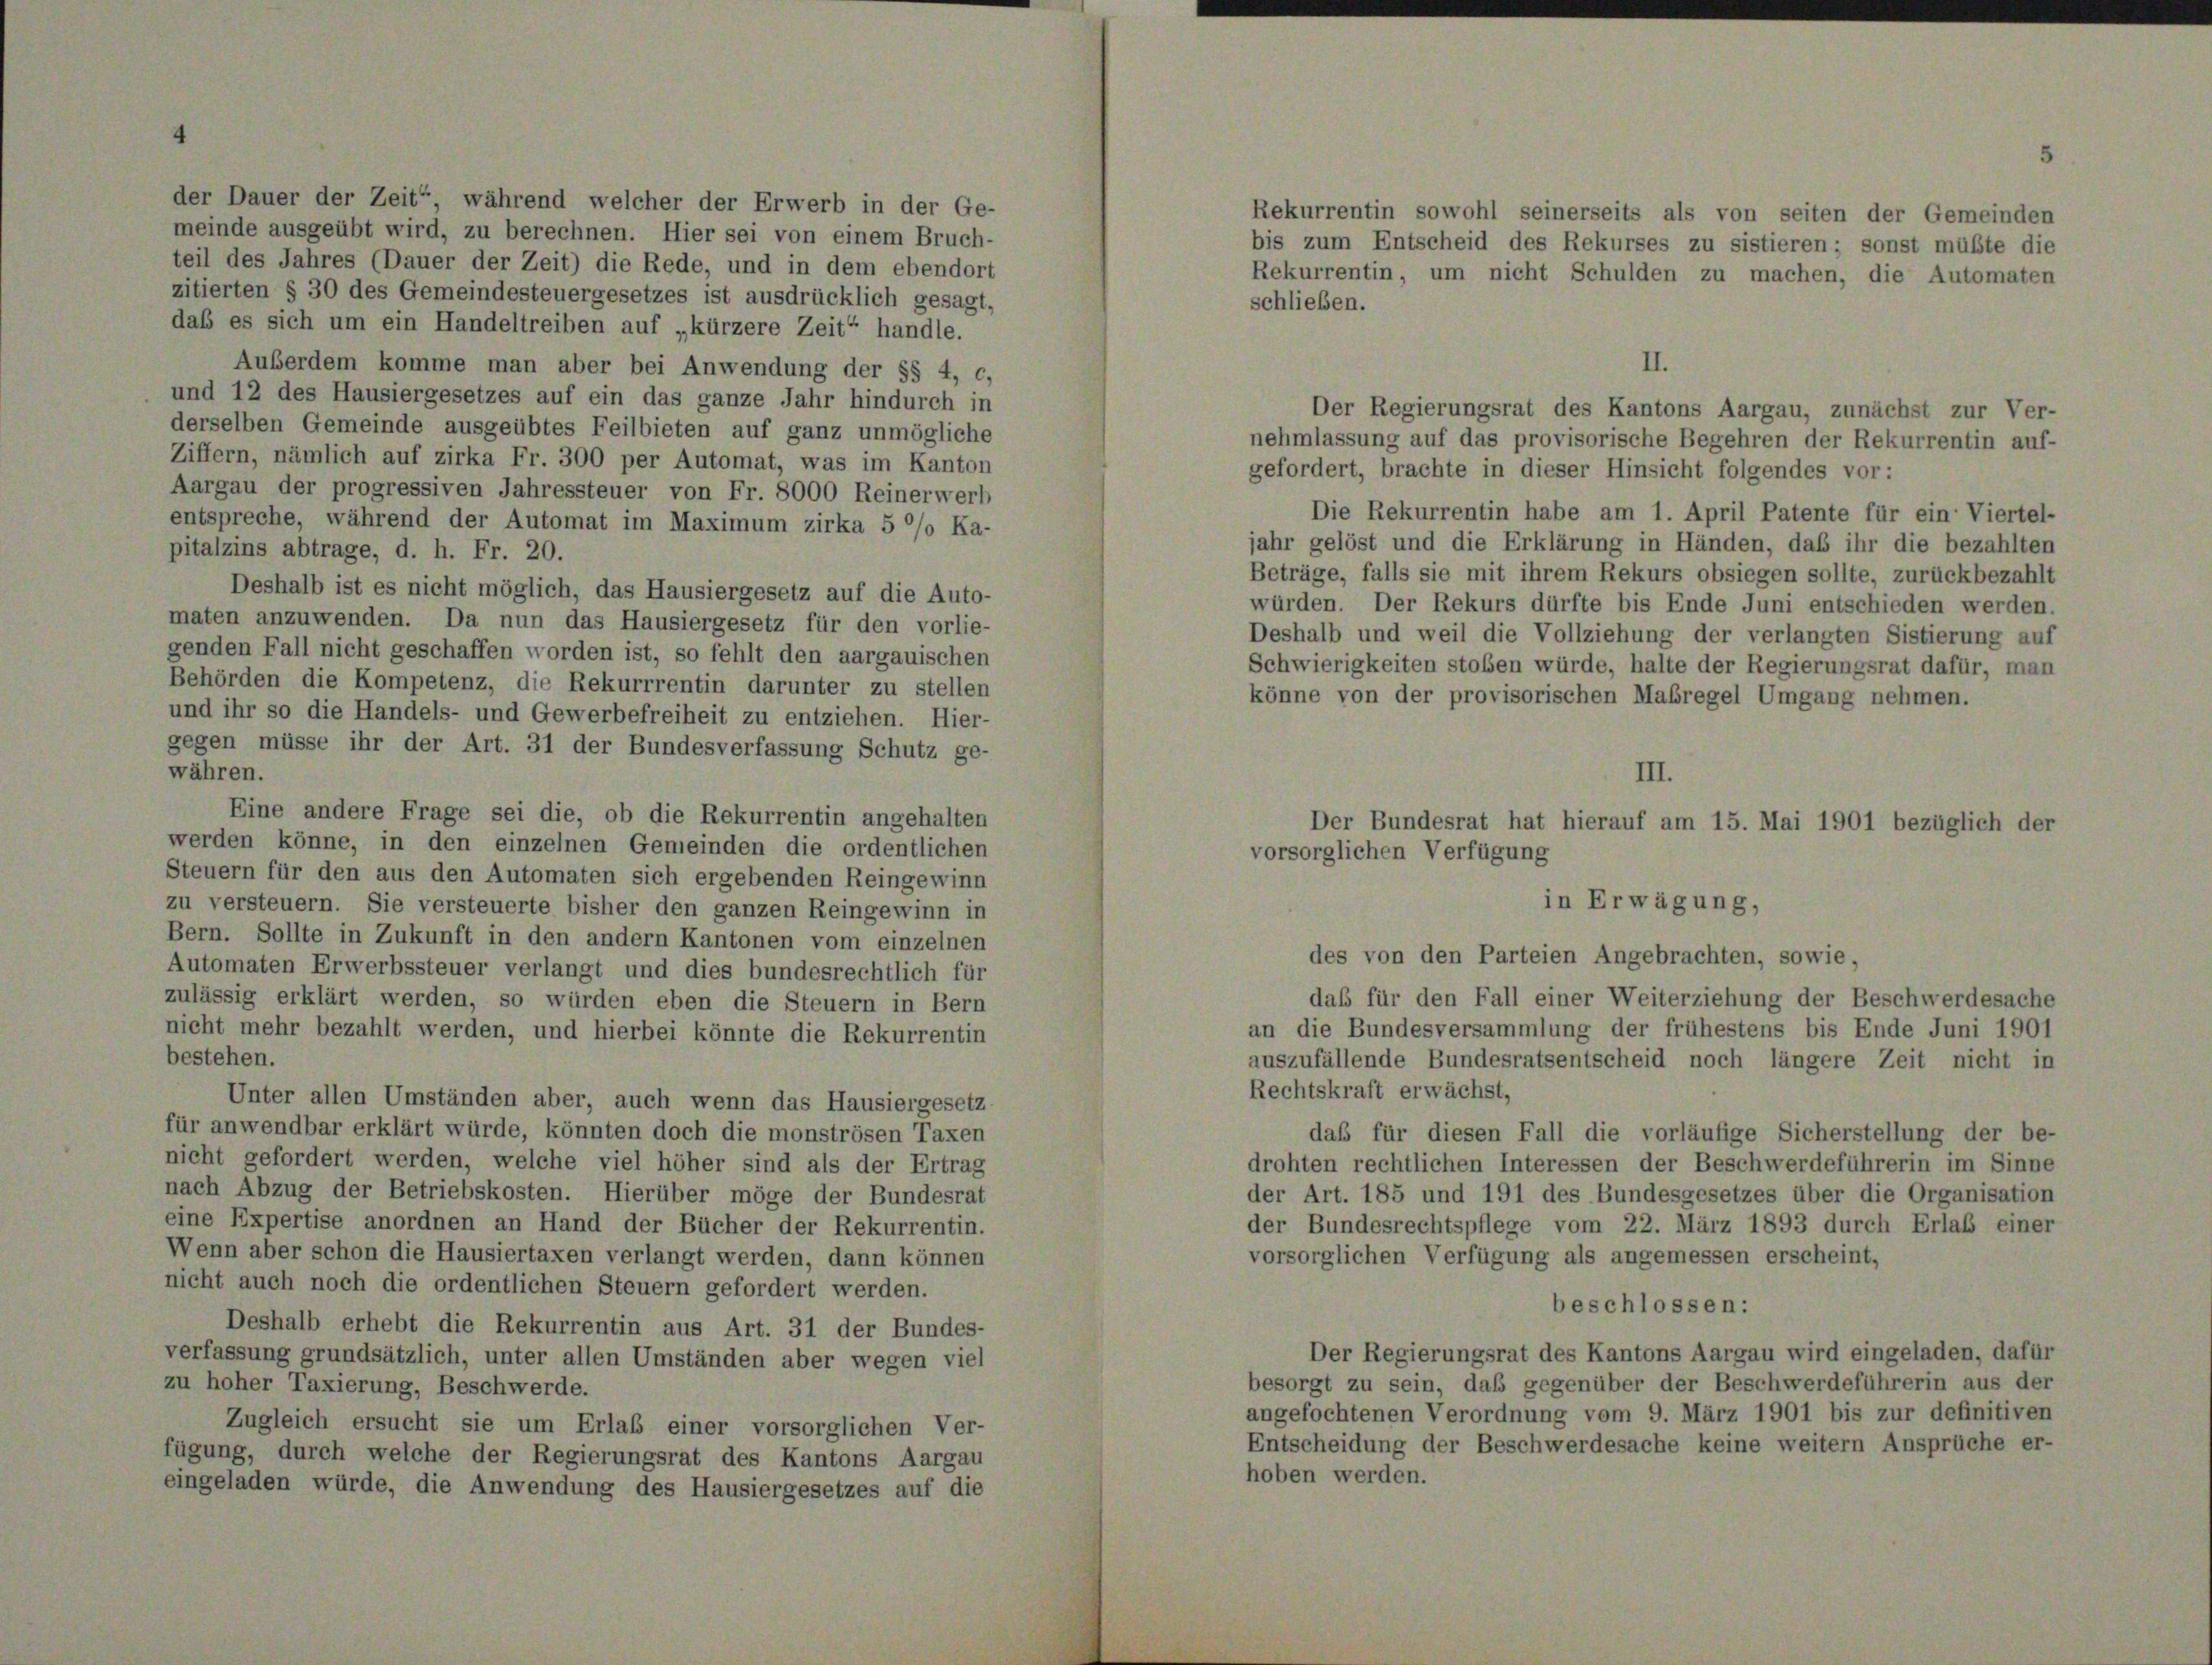
der Dauer der Zeit“, während welcher der Erwerb in der Ge-
meinde ausgeübt wird, zu berechnen. Hier sei von einem Bruch-
teil des Jahres (Dauer der Zeit) die Rede, und in dem ebendort
zitierten § 30 des Gemeindesteuergesetzes ist ausdrücklich gesagt,
daß es sich um ein Handeltreiben auf „kürzere Zeit“ handle.

Rekurrentin, um nicht Schulden zu machen, die Automaten
schließen.
Außerdem komme man aber bei Anwendung der §§ 4, c,
und 12 des Hausiergesetzes auf ein das ganze Jahr hindurch in
derselben Gemeinde ausgeübtes Feilbieten auf ganz unmögliche
nehmlassung auf das provisorische Begehren der Rekurrentin auf-
Ziffern, nämlich auf zirka Fr. 300 per Automat, was im Kanton
gefordert, brachte in dieser Hinsicht folgendes vor:
Aargau der progressiven Jahressteuer von Fr. 8000 Reinerwerb
Die Rekurrentin habe am 1. April Patente für ein Viertel-
entspreche, während der Automat im Maximum zirka 5 °/o Ka-
jahr gelöst und die Erklärung in Händen, daß ihr die bezahlten
pitalzins abtrage, d. h. Fr. 20.
Beträge, falls sie mit ihrem Rekurs obsiegen sollte, zurückbezahlt
Deshalb ist es nicht möglich, das Hausiergesetz auf die Auto-
würden. Der Rekurs dürfte bis Ende Juni entschieden werden.
maten anzuwenden. Da nun das Hausiergesetz für den vorlie-
Deshalb und weil die Vollziehung der verlangten Sistierung auf
genden Fall nicht geschaffen worden ist, so fehlt den aargauischen
Schwierigkeiten stoßen würde, halte der Regierungsrat dafür, man
Behörden die Kompetenz, die Rekurrrentin darunter zu stellen
könne von der provisorischen Maßregel Umgang nehmen.
und ihr so die Handels- und Gewerbefreiheit zu entziehen. Hier-
gegen müsse ihr der Art. 31 der Bundesverfassung Schutz ge-
währen.
III.
Eine andere Frage sei die, ob die Rekurrentin angehalten
Der Bundesrat hat hierauf am 15. Mai 1901 bezüglich der
werden könne, in den einzelnen Gemeinden die ordentlichen
vorsorglichen Verfügung
Steuern für den aus den Automaten sich ergebenden Reingewinn
in Erwägung,
zu versteuern. Sie versteuerte bisher den ganzen Reingewinn in
Bern. Sollte in Zukunft in den andern Kantonen vom einzelnen
des von den Parteien Angebrachten, sowie,
Automaten Erwerbssteuer verlangt und dies bundesrechtlich für
daß für den Fall einer Weiterziehung der Beschwerdesache
zulässig erklärt werden, so würden eben die Steuern in Bern
an die Bundesversammlung der frühestens bis Ende Juni 1901
nicht mehr bezahlt werden, und hierbei könnte die Rekurrentin
bestehen.
auszufällende Bundesratsentscheid noch längere Zeit nicht in
Rechtskraft erwächst,
Unter allen Umständen aber, auch wenn das Hausiergesetz-
für anwendbar erklärt würde, könnten doch die monströsen Taxen
daß für diesen Fall die vorläufige Sicherstellung der be-
nicht gefordert werden, welche viel höher sind als der Ertrag
drohten rechtlichen Interessen der Beschwerdeführerin im Sinne
nach Abzug der Betriebskosten. Hierüber möge der Bundesrat
der Art. 185 und 191 des Bundesgesetzes über die Organisation
eine Expertise anordnen an Hand der Bücher der Rekurrentin.
der Bundesrechtspflege vom 22. März 1893 durch Erlaß einer
Wenn aber schon die Hausiertaxen verlangt werden, dann können
vorsorglichen Verfügung als angemessen erscheint,
nicht auch noch die ordentlichen Steuern gefordert werden.
beschlossen:
Deshalb erhebt die Rekurrentin aus Art. 31 der Bundes-
Der Regierungsrat des Kantons Aargau wird eingeladen, dafür
verfassung grundsätzlich, unter allen Umständen aber wegen viel
besorgt zu sein, daß gegenüber der Beschwerdeführerin aus der
zu hoher Taxierung, Beschwerde.
angefochtenen Verordnung vom 9. März 1901 bis zur definitiven
Zugleich ersucht sie um Erlaß einer vorsorglichen Ver-
Entscheidung der Beschwerdesache keine weitern Ansprüche er-
fügung, durch welche der Regierungsrat des Kantons Aargau
hoben werden.
eingeladen würde, die Anwendung des Hausiergesetzes auf die

Rekurrentin sowohl seinerseits als von seiten der Gemeinden
bis zum Entscheid des Rekurses zu sistieren; sonst müßte die

II.
Der Regierungsrat des Kantons Aargau, zunächst zur Ver-